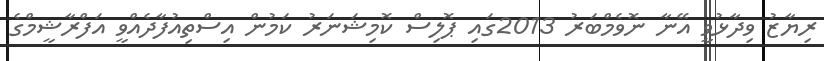
ރިޔާޒު ވިދާޅުވީ އޭނާ ނޮވެމްބަރު 2013ގައި ޕޮލިސް ކޮމިޝަނަރު ކަމުން އިސްތިއުފާދެއްވީ އަފްރާޝީމްގެ